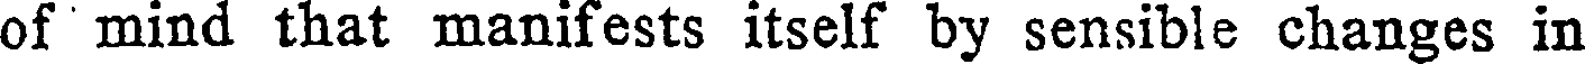
of mind that manifests itself by sensible changes in